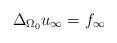
LaTeX: \begin{align*} \Delta_{\Omega_0} u_{\infty} = f_{\infty}\end{align*}